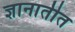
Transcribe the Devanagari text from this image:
ज्ञानातीत